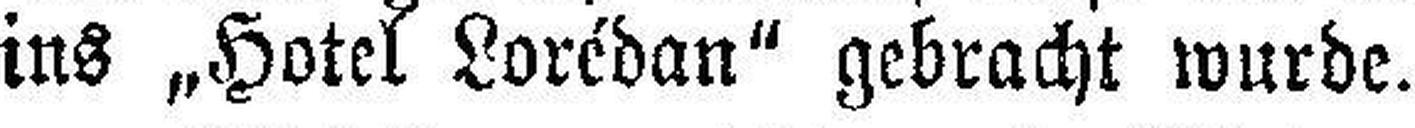
ins „Hotel Lorédan“ gebracht wurde.